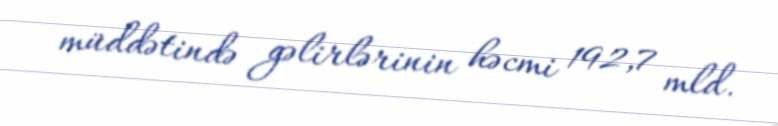
müddətində gəlirlərinin həcmi 192,7 mld.